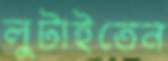
লুটাইতেন